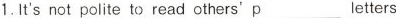
1.It's not polite to read others' \underline{p} letters